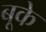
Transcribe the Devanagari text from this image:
बूके